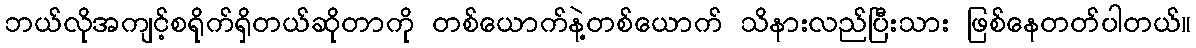
ဘယ်လိုအကျင့်စရိုက်ရှိတယ်ဆိုတာကို တစ်ယောက်နဲ့တစ်ယောက် သိနားလည်ပြီးသား ဖြစ်နေတတ်ပါတယ်။